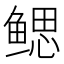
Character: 鳃